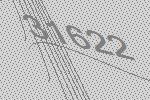
31622